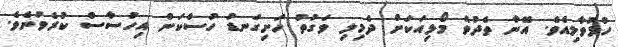
ހުޅުވާލިއެވެ. އޭނާ ތެދުވެ މޯޅިއަކަށް ދެމިލި ވަގުތު ހަށިގަނޑު ހުސްކަން އިހުސާސް ކުރެވުނެވެ.